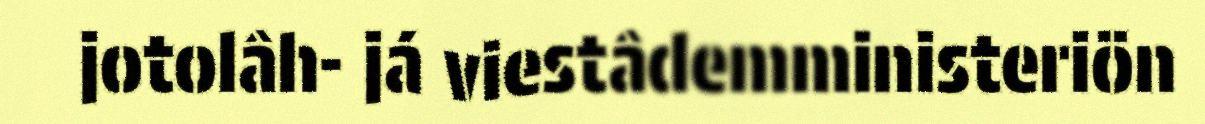
jotolâh- já viestâdemministeriön